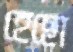
হেছো